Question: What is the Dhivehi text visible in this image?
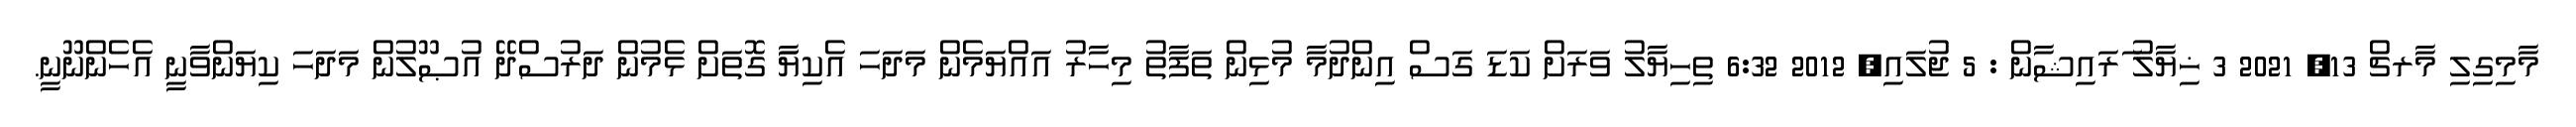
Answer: މާމިގިލި މާރޗް 13, 2021 3 ޚިޔާލު ަރައިޝާން : 5 ޖުލައި, 2012 6:32 ތިހިޔާލު ވަރަށް ކަޑަ ގަސް އިންދުމާ މުޅިން ތަފާތު މިހާރު އައްޔަމެން މަދަހަ އެކިޔާަ ގޮތަށް ޅެމުން ދަރުސްދޭ އުޞޫލުން މަދަހަ ކިޔަންވާނީ އެހެންނޫނީ.